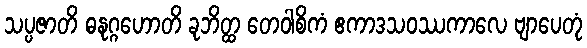
သပ္ပဇာတိ ဓနုဂ္ဂဟောတိ ခုဘိတ္ထ တေဝါစိကံ ဧကာဒသဝဿကာလေ ဗျာပေတုံ